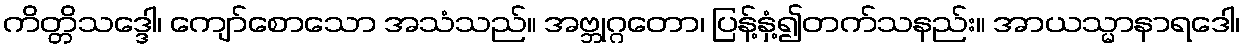
ကိတ္တိသဒ္ဒေါ၊ ကျော်စောသော အသံသည်။ အဗ္ဘုဂ္ဂတော၊ ပြန့်နှံ့၍တက်သနည်း။ အာယသ္မာနာရဒေါ၊